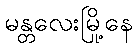
မန္တလေးမြို့နေ